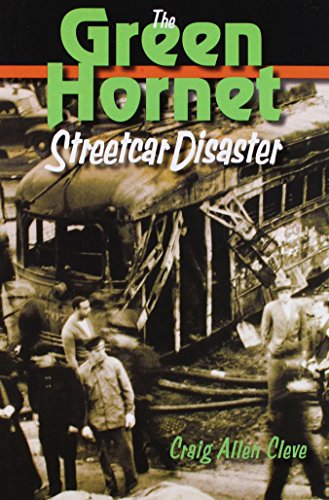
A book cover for The Green Hornet Street Car Disaster; Craig Allen Cleve; Engineering & Transportation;